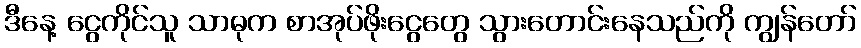
ဒီနေ့ ငွေကိုင်သူ သာဓုက စာအုပ်ဖိုးငွေတွေ သွားတောင်းနေသည်ကို ကျွန်တော်